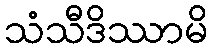
သံသီဒိဿာမိ